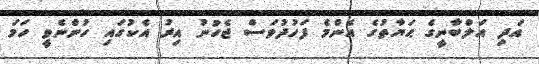
އަދި އަލްބާނީގެ ޙަޔާތުގެ އެންމެ ފަހުދުވަސް ޖެހުނު އިރު އެކުގައި ހުންނެވީ ހަމަ